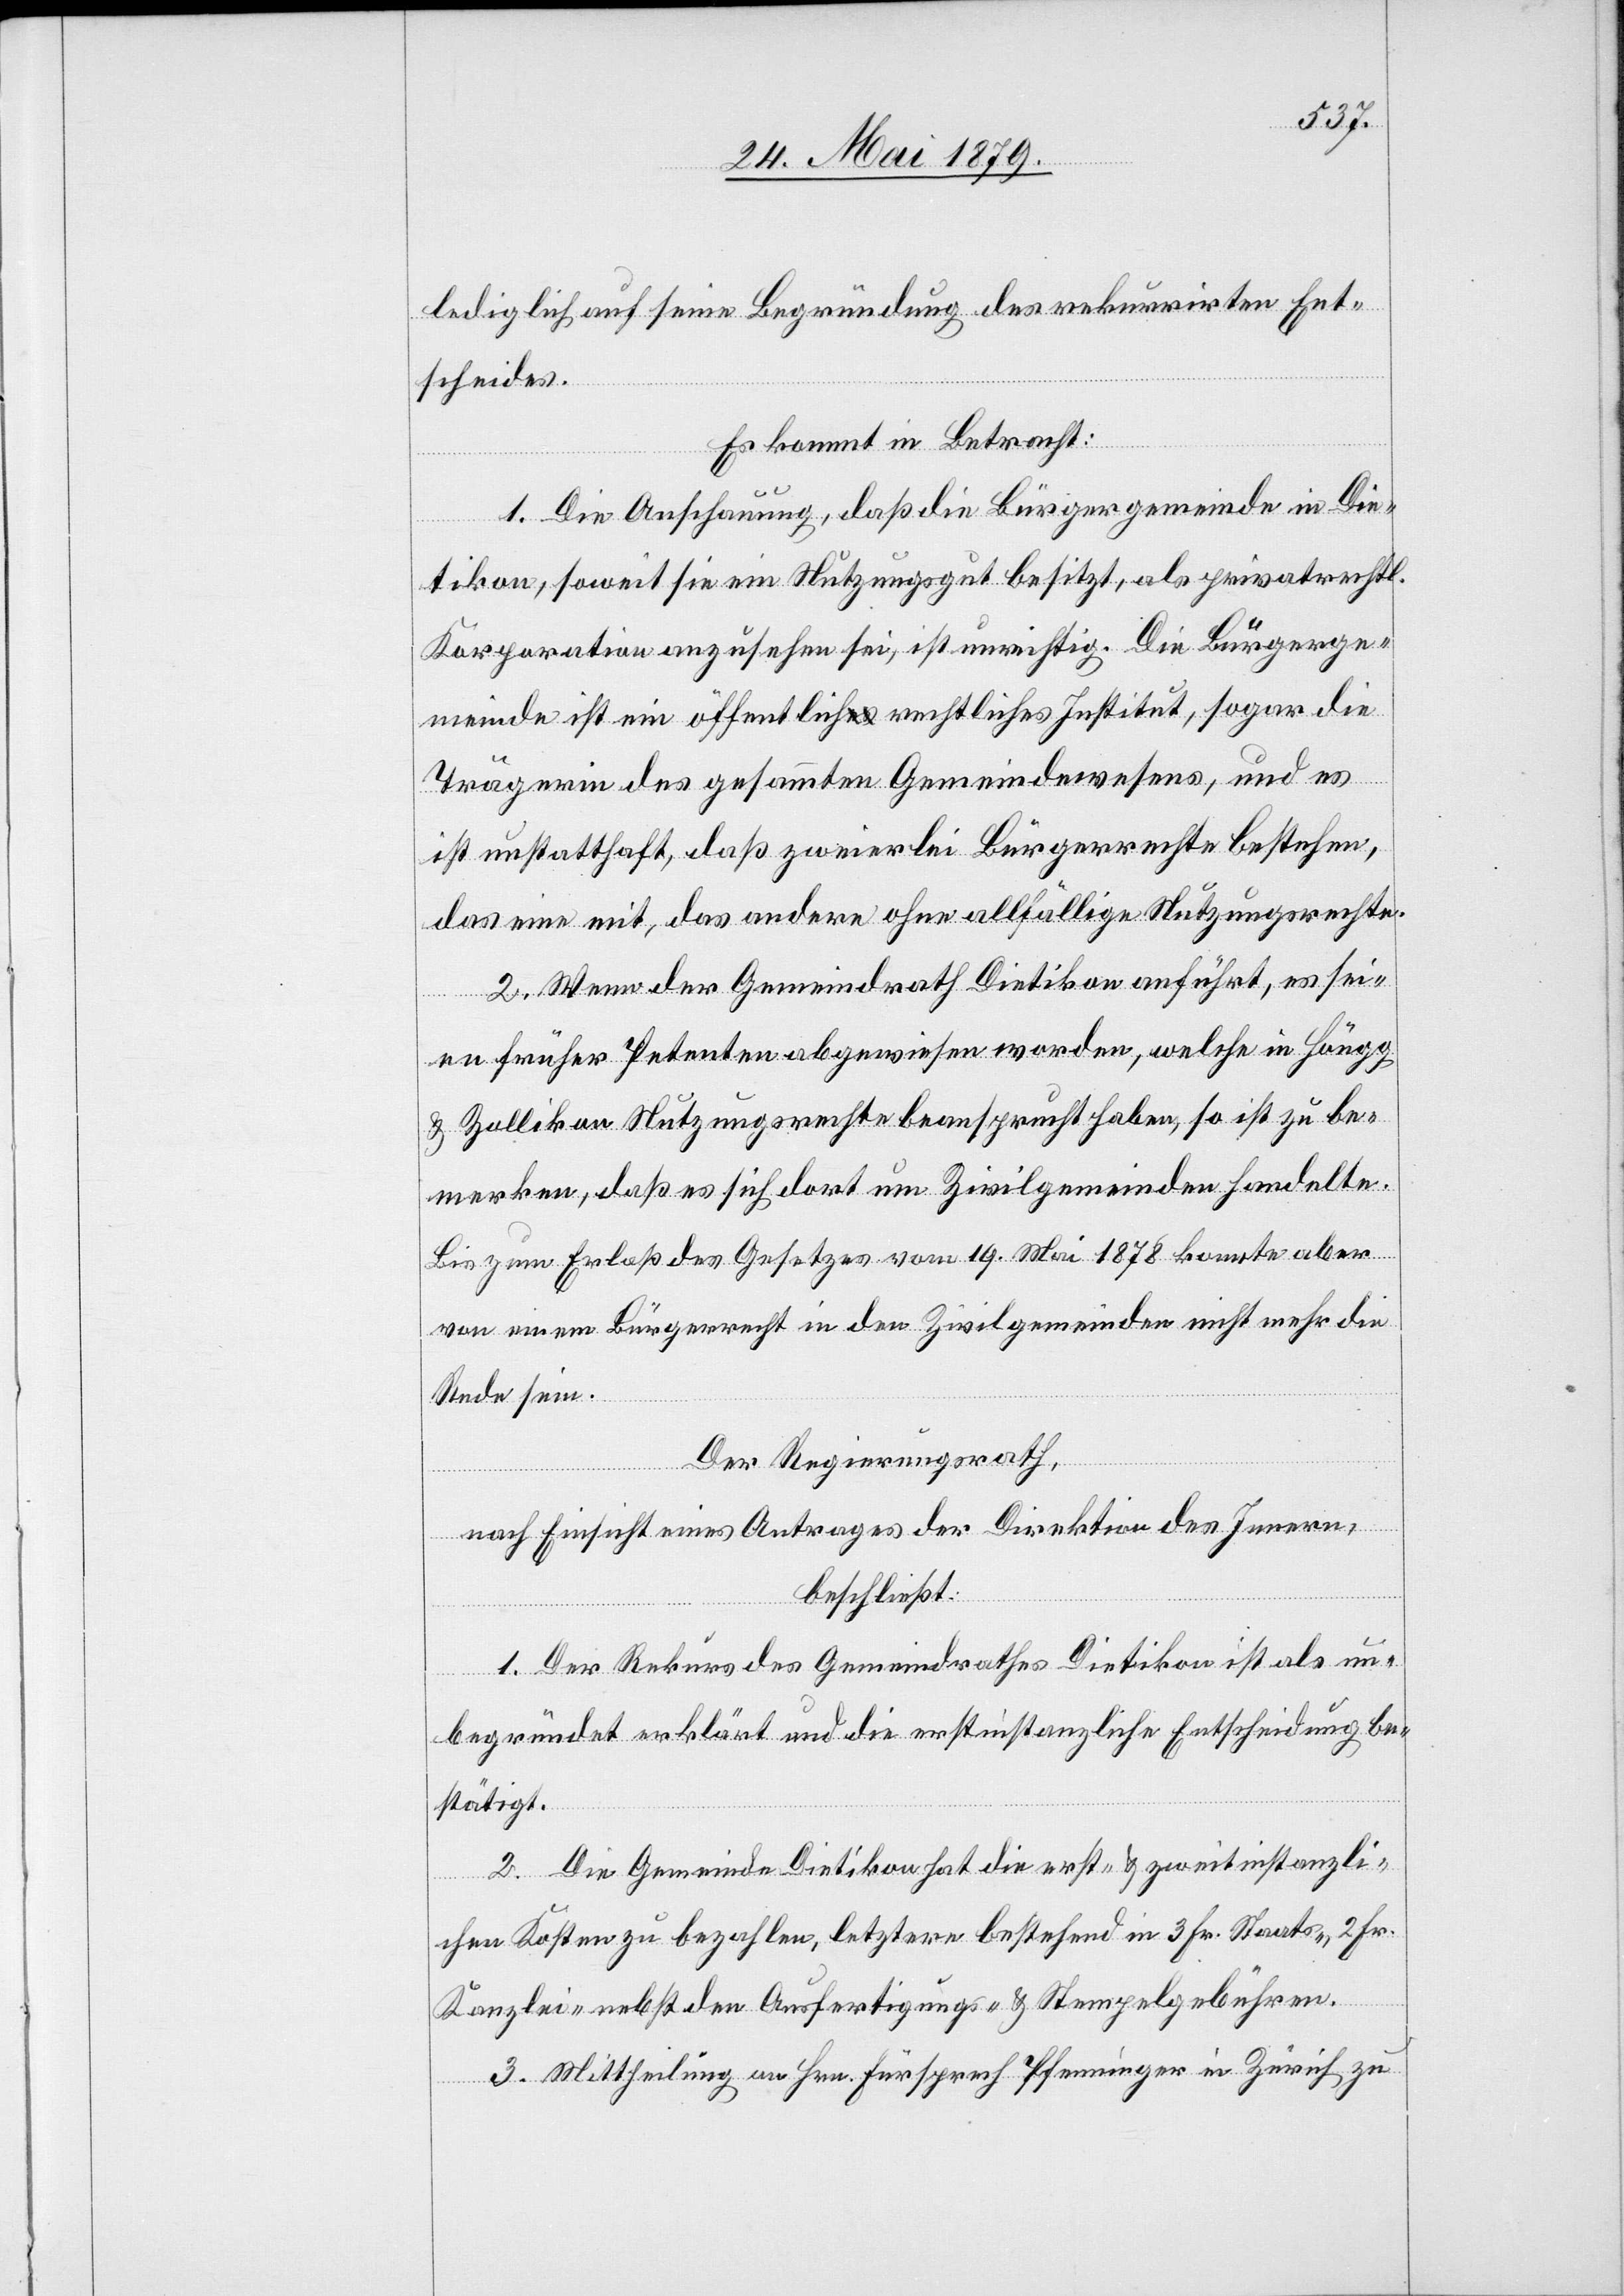
lediglich auf seine Begründung des rekurrirten Ent¬
scheides.
Es kommt in Betracht:
1. Die Anschauung, daß die Bürgergemeinde in Die¬
tikon, soweit sie ein Nutzungsgut besitzt, als privatrechtl.
Korporation anzusehen sei, ist unrichtig. Die Bürgerge¬
meinde ist ein öffentlich rechtliches Institut, sogar die
Trägerin des gesammten Gemeindewesens, und es
ist unstatthaft, daß zweierlei Bürgerrechte bestehen,
das eine mit, das andere ohne allfällige Nutzungsrechte.
2. Wenn der Gemeindrath Dietikon anführt, es sei¬
en früher Petenten abgewiesen worden, welche in Höngg
& Zollikon Nutzungsrechte beansprucht haben, so ist zu be¬
merken, daß es sich dort um Zivilgemeinden handelte.
Bis zum Erlaß des Gesetzes vom 19. Mai 1878 konnte aber
von einem Bürgerrecht in den Zivilgemeinden nicht mehr die
Rede sein.
Der Regierungsrath,
nach Einsicht eines Antrages der Direktion des Innern,
beschließt:
1. Der Rekurs des Gemeindrathes Dietikon ist als un¬
begründet erklärt und die erstinstanzliche Entscheidung be¬
stätigt.
2. Die Gemeinde Dietikon hat die erst- & zweitinstanzli¬
chen Kosten zu bezahlen, letztere bestehend in 3 Fr. Staats-, 2 Fr.
Kanzlei- nebst den Ausfertigungs- & Stempelgebühren.
3. Mittheilung an Hrn. Fürsprech Pfenninger in Zürich zu